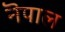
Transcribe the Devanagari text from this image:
नॆपाल